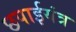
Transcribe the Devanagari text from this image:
छपाईयंत्र